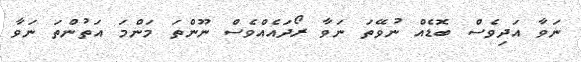
ނަވާ އަދިވެސް ބޮޑެއް ނުވޭތަ ނަވާ ރޯދައެއްވެސް ނޫންތަ މަންމަ އަތުންތަ ނަވާ